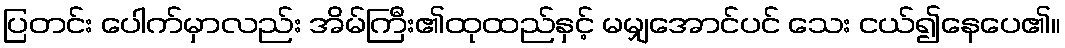
ပြတင်း ပေါက်မှာလည်း အိမ်ကြီး၏ထုထည်နှင့် မမျှအောင်ပင် သေး ငယ်၍နေပေ၏။